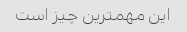
این مهمترین چیز است